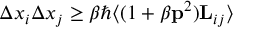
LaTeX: \Delta x _ { i } \Delta x _ { j } \ge \beta \hbar \langle ( 1 + \beta { { \bf \vec { p } } } ^ { 2 } ) { \bf { L } } _ { i j } \rangle